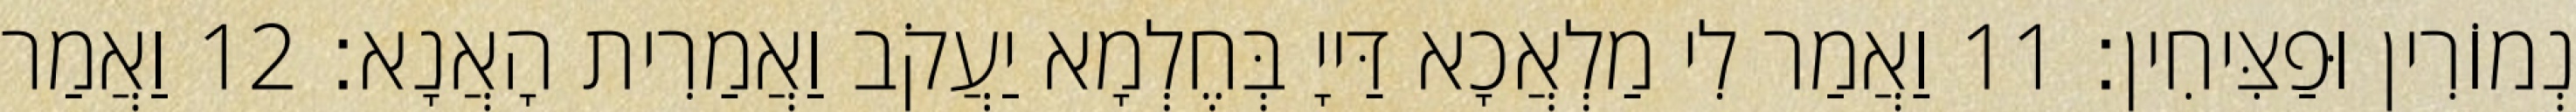
נְמוֹרִין וּפַצִּיחִין׃ 11 וַאֲמַר לִי מַלְאֲכָא דַּייָ בְּחֶלְמָא יַעֲקֹב וַאֲמַרִית הָאֲנָא׃ 12 וַאֲמַר